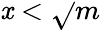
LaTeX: \mathit{x}<{\sqrt{}{{m}}}